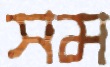
সম